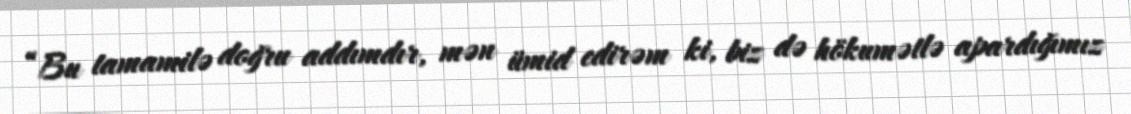
“Bu tamamilə doğru addımdır, mən ümid edirəm ki, biz də hökumətlə apardığımız